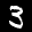
Label: 3